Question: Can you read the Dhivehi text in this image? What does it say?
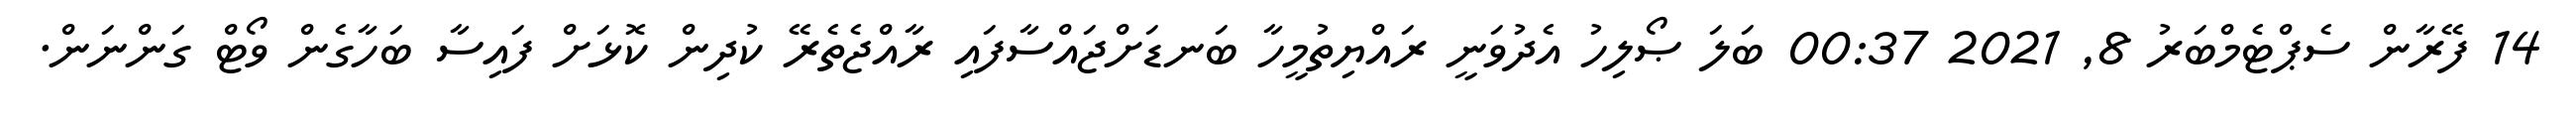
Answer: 14 ފޭރާން ސެޕްޓެމްބަރު 8, 2021 00:37 ބަލަ ޞޯލިހު އެދުވަނީ ރައްޔިތުމީހާ ބަނޑަށްޖައްސާފައި ރާއްޖެތެރޭ ކުދިން ކޮޅަށް ފައިސާ ބަހާގެން ވޯޓް ގަންނަން.